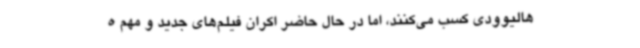
هالیوودی کسب می‌کنند، اما در حال حاضر اکران فیلم‌های جدید و مهم ه